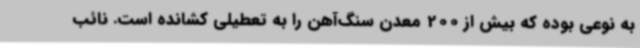
به نوعی بوده که بیش از 200 معدن سنگ‌آهن را به تعطیلی کشانده است. نائب